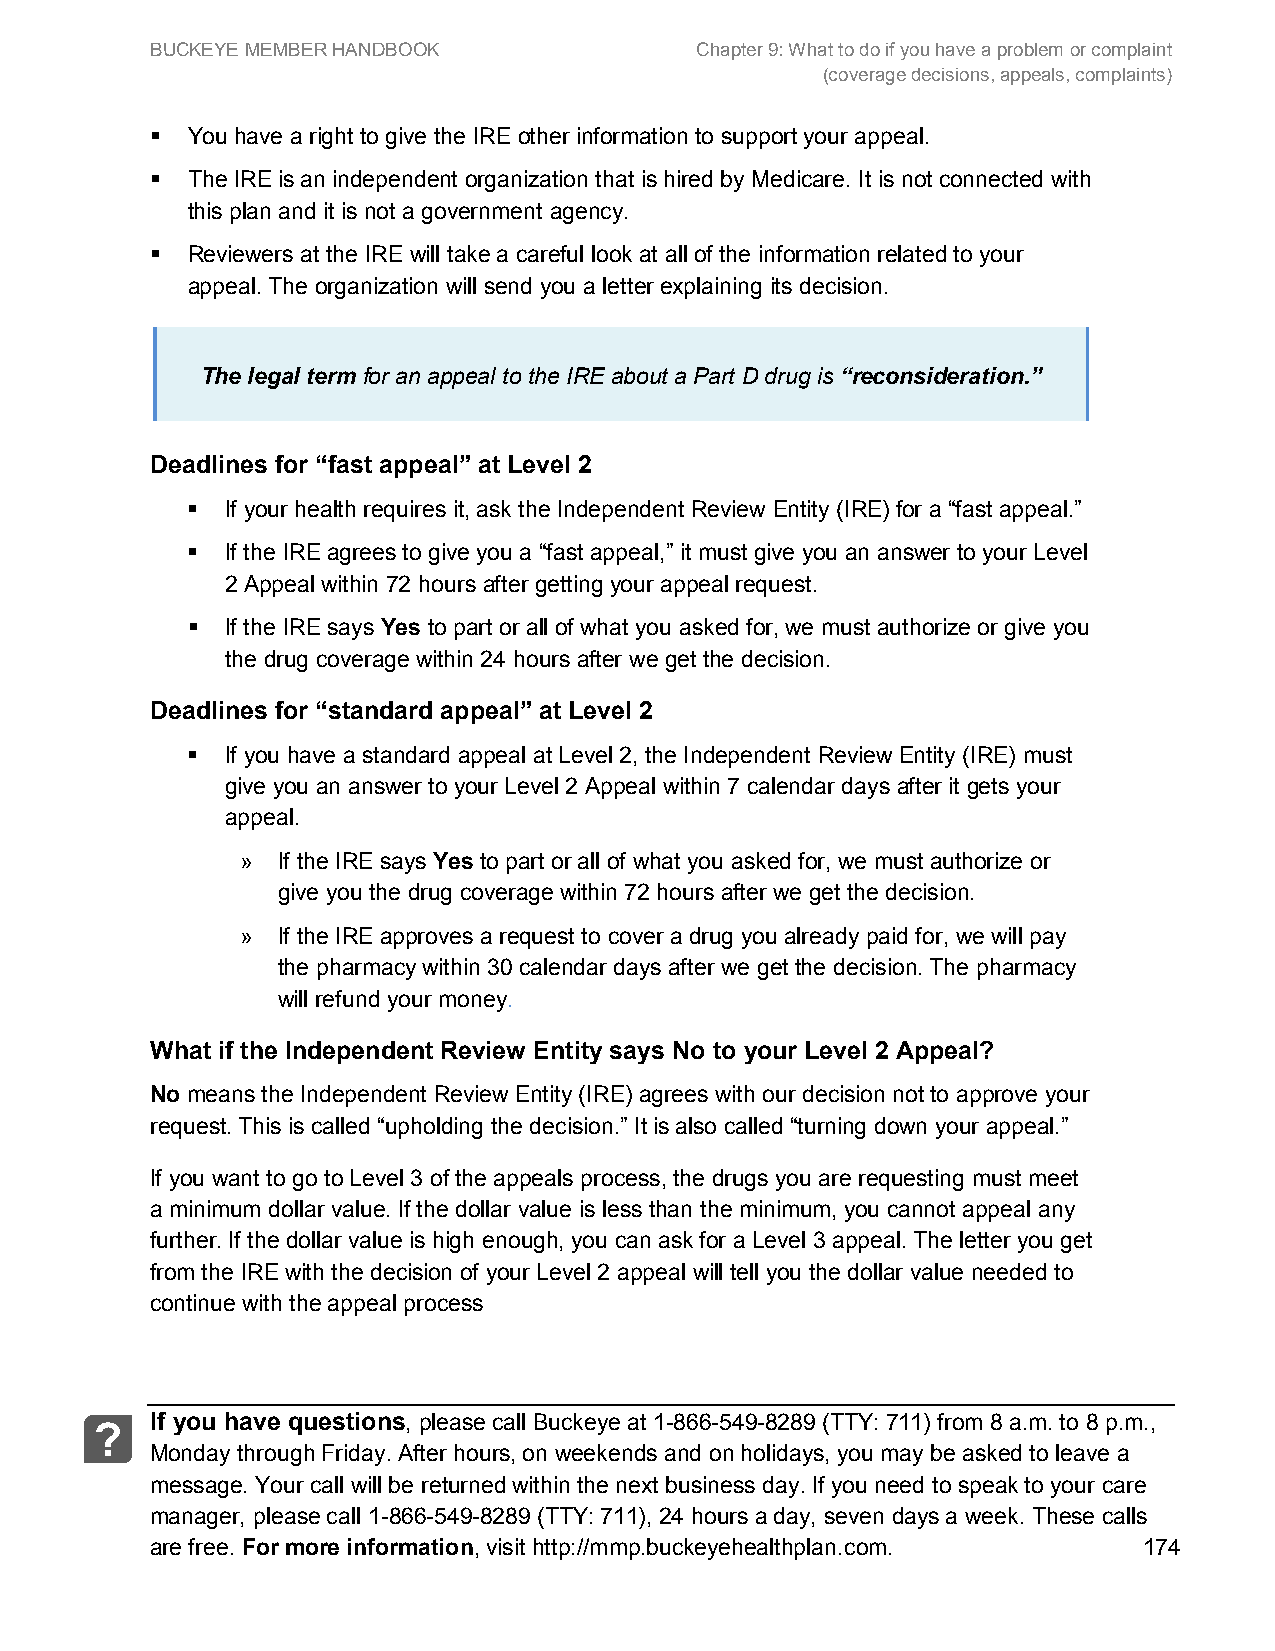
BUCKEYE MEMBER HANDBOOK             Chapter 9: What to do if you have a problem or complaint
 (coverage decisions, appeals, complaints)
  You have a right to give the IRE other information to support your appeal.
  The IRE is an independent organization that is hired by Medicare. It is not connected with
 this plan and it is not a government agency.
  Reviewers at the IRE will take a careful look at all of the information related to your
 appeal. The organization will send you a letter explaining its decision.
 The legal term for an appeal to the IRE about a Part D drug is “reconsideration.”
 Deadlines for “fast appeal” at Level 2
   If your health requires it, ask the Independent Review Entity (IRE) for a “fast appeal.”
   If the IRE agrees to give you a “fast appeal,” it must give you an answer to your Level
 2 Appeal within 72 hours after getting your appeal request.
   If the IRE says Yes to part or all of what you asked for, we must authorize or give you
 the drug coverage within 24 hours after we get the decision.
 Deadlines for “standard appeal” at Level 2
   If you have a standard appeal at Level 2, the Independent Review Entity (IRE) must
 give you an answer to your Level 2 Appeal within 7 calendar days after it gets your
 appeal.
 » If the IRE says Yes to part or all of what you asked for, we must authorize or
 give you the drug coverage within 72 hours after we get the decision.
 » If the IRE approves a request to cover a drug you already paid for, we will pay
 the pharmacy within 30 calendar days after we get the decision. The pharmacy
 will refund your money.
 What if the Independent Review Entity says No to your Level 2 Appeal?
 No means the Independent Review Entity (IRE) agrees with our decision not to approve your
 request. This is called “upholding the decision.” It is also called “turning down your appeal.”
 If you want to go to Level 3 of the appeals process, the drugs you are requesting must meet
 a minimum dollar value. If the dollar value is less than the minimum, you cannot appeal any
 further. If the dollar value is high enough, you can ask for a Level 3 appeal. The letter you get
 from the IRE with the decision of your Level 2 appeal will tell you the dollar value needed to
 continue with the appeal process
 If you have questions, please call Buckeye at 1-866-549-8289 (TTY: 711) from 8 a.m. to 8 p.m.,
 ?
 Monday through Friday. After hours, on weekends and on holidays, you may be asked to leave a
 message. Your call will be returned within the next business day. If you need to speak to your care
 manager, please call 1-866-549-8289 (TTY: 711), 24 hours a day, seven days a week. These calls
 are free. For more information, visit http://mmp.buckeyehealthplan.com. 174